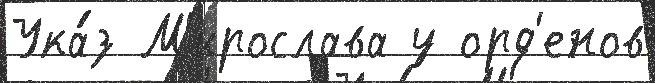
Ука́з М'ирослава у орд'енов